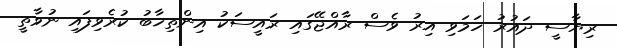
ރިޔާސީ ދައުރު ހަމަވި އިރު ވެސް ރާއްޖޭގައި ރައީސަކު އިންތިޚާބު ކުރެވިފައި ނުވާތީ